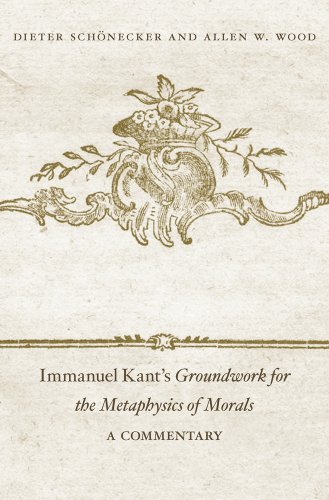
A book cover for Immanuel Kant's <i>Groundwork for the Metaphysics of Morals</i>: A Commentary; Dieter SchÃ¶necker; Politics & Social Sciences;